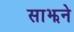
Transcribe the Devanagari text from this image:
साझने